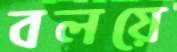
বলয়ে